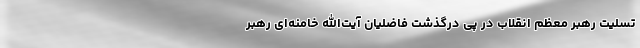
تسلیت رهبر معظم انقلاب در پی درگذشت فاضلیان آیت‌الله خامنه‌ای رهبر